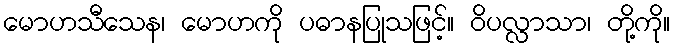
မောဟသီသေန၊ မောဟကို ပဓာနပြုသဖြင့်။ ဝိပလ္လာသာ၊ တို့ကို။